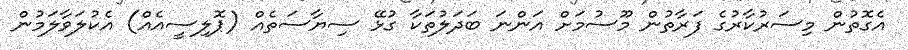
އެގޮތުން މިސަރުކާރުގެ ފަރާތުން މޫސުމަށް އަންނަ ބަދަލުތަކާ ގުޅޭ ސިޔާސަތެއް (ޕޮލިސީއެއް) އެކުލަވާލަމުން